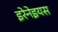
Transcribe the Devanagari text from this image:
इरेनेइयस